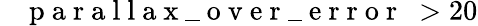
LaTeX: \mathrm{~\texttt~{~p~a~r~a~l~l~a~x~\_ ~o~v~e~r~\_ ~e~r~r~o~r~}~}>20